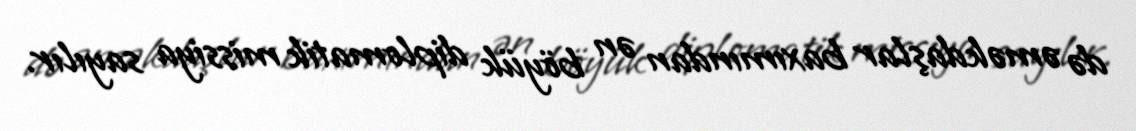
də əməkdaşlar baxımından ən böyük diplomatik missiya sayılır.